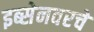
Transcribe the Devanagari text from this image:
इब्सेनवरचे